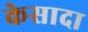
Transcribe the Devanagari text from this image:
केसादा